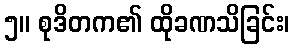
၅။ စုဒိတက၏ ထိုခဏသိခြင်း၊